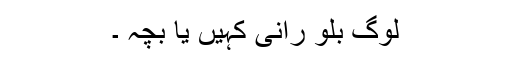
لوگ بلو رانی کہیں یا بچہ ۔